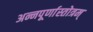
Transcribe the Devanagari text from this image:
अन्नपूर्णास्तोत्रम्